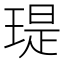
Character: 瑅